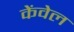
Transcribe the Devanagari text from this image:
केंवेल